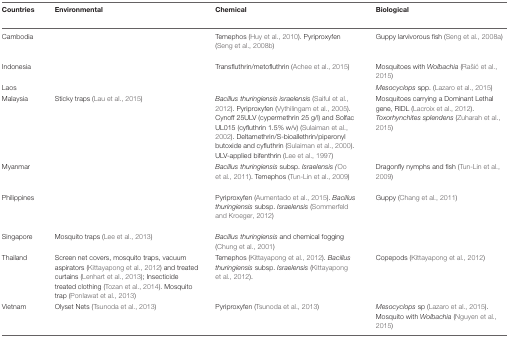
| Countries | Environmental | Chemical | Biological |
 | --- | --- | --- | --- |
 | Cambodia |  | Temephos (Huy et al., 2010). Pyriproxyfen (Seng et al., 2008b) | Guppy larvivorous fish (Seng et al., 2008a) |
 | Indonesia |  | Transfluthrin/metofluthrin (Achee et al., 2015) | Mosquitoes with Wolbachia (Rašić et al., 2015) |
 | Laos |  |  | Mesocyclops spp. (Lazaro et al., 2015) |
 | Malaysia | Sticky traps (Lau et al., 2015) | Bacillus thuringiensis israelensis (Saiful et al., 2012). Pyriproxyfen (Vythilingam et al., 2005). Cynoff 25ULV (cypermethrin 25 g/l) and Solfac UL015 (cyfluthrin 1.5% w/v) (Sulaiman et al., 2002). Deltamethrin/S-bioallethrin/piperonyl butoxide and cyfluthrin (Sulaiman et al., 2000). ULV-applied bifenthrin (Lee et al., 1997) | Mosquitoes carrying a Dominant Lethal gene, RIDL (Lacroix et al., 2012). Toxorhynchites splendens (Zuharah et al., 2015) |
 | Myanmar |  | Bacillus thuringiensis subsp. Israelensis (Oo et al., 2011). Temephos (Tun-Lin et al., 2009) | Dragonfly nymphs and fish (Tun-Lin et al., 2009) |
 | Philippines |  | Pyriproxyfen (Aumentado et al., 2015). Bacillus thuringiensis subsp. Israelensis (Sommerfeld and Kroeger, 2012) | Guppy (Chang et al., 2011) |
 | Singapore | Mosquito traps (Lee et al., 2013) | Bacillus thuringiensis and chemical fogging (Chung et al., 2001) |  |
 | Thailand | Screen net covers, mosquito traps, vacuum aspirators (Kittayapong et al., 2012) and treated curtains (Lenhart et al., 2013); Insecticide treated clothing (Tozan et al., 2014). Mosquito trap (Ponlawat et al., 2013) | Temephos (Kittayapong et al., 2012). Bacillus thuringiensis subsp. Israelensis (Kittayapong et al., 2012). | Copepods (Kittayapong et al., 2012) |
 | Vietnam | Olyset Nets (Tsunoda et al., 2013) | Pyriproxyfen (Tsunoda et al., 2013) | Mesocyclops sp (Lazaro et al., 2015). Mosquito with Wolbachia (Nguyen et al., 2015) |